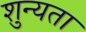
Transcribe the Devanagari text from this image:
शुन्यता